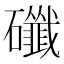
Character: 䃸